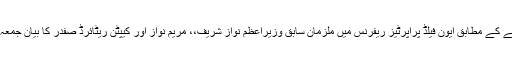
احتساب عدالت کے فیصلے کے مطابق ایون فیلڈ پراپرٹیز ریفرنس میں ملزمان سابق وزیراعظم نواز شریف،، مریم نواز اور کیپٹن ریٹائرڈ صفدر کا بیان جمعہ کو ریکارڈ کیا جائے گا۔